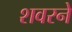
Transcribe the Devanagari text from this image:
शवरने